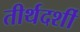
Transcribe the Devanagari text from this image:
तीर्थदर्शी